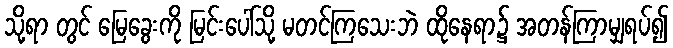
သို့ရာ တွင် မြေခွေးကို မြင်းပေါ်သို့ မတင်ကြသေးဘဲ ထိုနေရာ၌ အတန်ကြာမျှရပ်၍